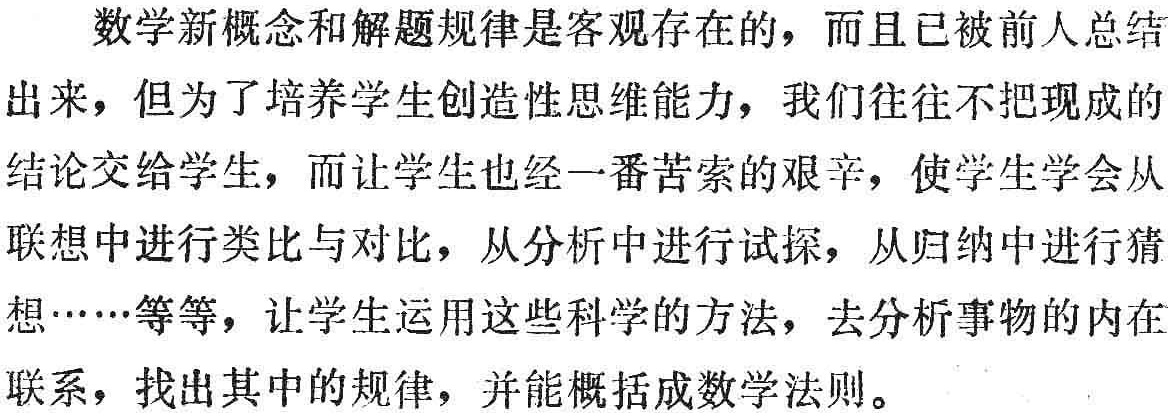
数学新概念和解题规律是客观存在的，而且已被前人总结出来，但为了培养学生创造性思维能力，我们往往不把现成的结论交给学生，而让学生也经一番苦索的艰辛，使学生学会从联想中进行类比与对比，从分析中进行试探，从归纳中进行猜想……等等，让学生运用这些科学的方法，去分析事物的内在联系，找出其中的规律，并能概括成数学法则。